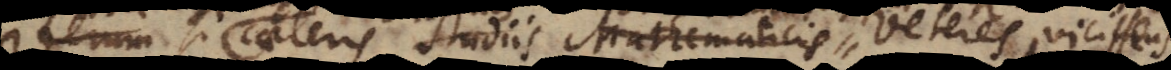
Verum caeteris studiis Mathematicis Veteres vicimus,